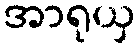
အာရုယှ